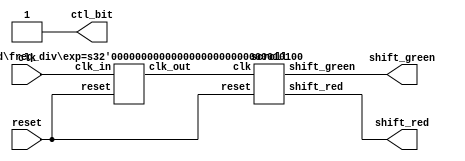
//3()()
module LAB_01 (clk, reset, shift_red,shift_green, ctl_bit);
input 	clk; 	 // pin W16
input 	reset; 	 // pin C16
output	[7:0]shift_red; 
// pin D7, D6, A9, C9, A8, C8, C11, B11 
output	[7:0]shift_green;
// pin A10, B10, A13, A12, B12, D12, A15, A14
output 	ctl_bit; 	// pin T22
assign 	ctl_bit= 1'b1;
freq_div#(20)M1 (clk, reset, clk_work); 
scroll M2 (clk_work, reset, shift_red,shift_green);
endmodule

module freq_div(clk_in, reset, clk_out);
parameter exp = 20;   
input clk_in, reset;
output clk_out;
reg[exp-1:0] divider;
integer i;
assign clk_out= divider[exp-1];
always@ (posedge clk_in or posedge reset)	//
begin
if(reset)
for(i=0; i < exp; i=i+1)
divider[i] = 1'b0;
else
divider = divider+ 1'b1;
end
endmodule

module scroll (clk, reset, shift_red,shift_green);
input 	clk, reset;
output 	[7:0]shift_red,shift_green;
wire		[7:0]shift_red,shift_green;
reg		[8:0]pattern;
assign shift_red=pattern[8]?{8'b0000000}:(pattern[7:0]);
assign shift_green=pattern[8]?(pattern[7:0]):{8'b00000000};
always@ (posedge clk or posedge reset)
begin
if(reset)
pattern = 9'b0_1110_0000;
else 
case(pattern)
  9'b0_11100000:pattern = 9'b0_01110000;   
  9'b0_01110000:pattern = 9'b0_00111000; 
  9'b0_00111000:pattern = 9'b0_00011100;  
  9'b0_00011100:pattern = 9'b0_00001110;
  9'b0_00001110:pattern = 9'b0_00000111;  
  9'b0_00000111:pattern = 9'b1_00001110;  
  9'b1_00001110:pattern = 9'b1_00011100;
  9'b1_00011100:pattern = 9'b1_00111000;  
  9'b1_00111000:pattern = 9'b1_01110000;
  9'b1_01110000:pattern = 9'b1_11100000;
  9'b1_11100000:pattern = 9'b0_01110000;
default:pattern = 9'b0_11100000;endcase
end
endmodule